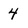
Character: 4